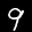
Label: 9